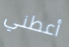
أعطني